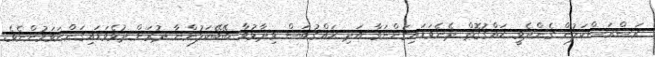
ރަސްރަސްކަލުން ގެންދެވީ ޙައްޤުގޮތް ދެނެވަޑައިގަންނަވާ އަދި ޙައްޤުބަސް ވިދާޅުވާ ބޭބޭކަލުންނާ ދުރަށް ދުވެވަޑައިގަންނަވަމުންނެވެ.